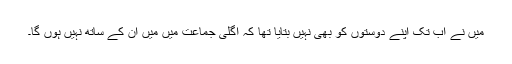
میں نے اب تک اپنے دوستوں کو بھی نہیں بتایا تھا کہ اگلی جماعت میں میں ان کے ساتھ نہیں ہوں گا۔